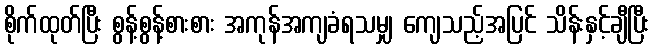
စိုက်ထုတ်ပြီး စွန့်စွန့်စားစား အကုန်အကျခံရသမျှ ကျေသည့်အပြင် သိန်းနှင့်ချီပြီး